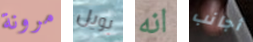
مرونة بويل انه أجانب